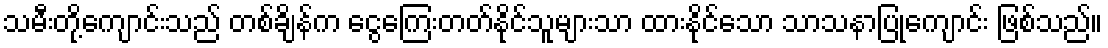
သမီးတို့ကျောင်းသည် တစ်ချိန်က ငွေကြေးတတ်နိုင်သူများသာ ထားနိုင်သော သာသနာပြုကျောင်း ဖြစ်သည်။